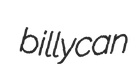
billycan